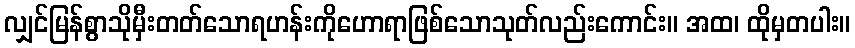
လျှင်မြန်စွာသိုမှီးတတ်သောရဟန်းကိုဟောရာဖြစ်သောသုတ်လည်းကောင်း။ အထ၊ ထိုမှတပါး။